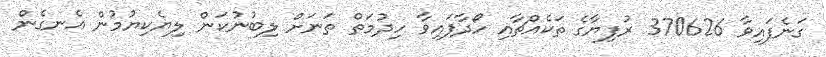
ގަނެފައިވާ 370626 ރުފިޔާގެ ތަކެއްޗާއި ހޯދާފައިވާ ހިދުމަތް ތަނަށް ލިބުނުކަން ލިޔެކިޔުމުން އެނގެން